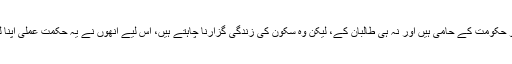
زیادہ تر افغانی اس جنگ سے تنگ آچکے ہیں، وہ نہ تو حکومت کے حامی ہیں اور نہ ہی طالبان کے، لیکن وہ سکون کی زندگی گزارنا چاہتے ہیں، اس لیے انھوں نے یہ حکمت عملی اپنا لی ہے کہ جو بھی طاقتور ہو اس کی حمایت کی جائے۔